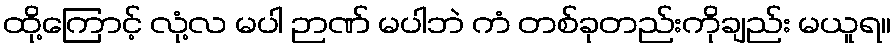
ထို့ကြောင့် လုံ့လ မပါ ဉာဏ် မပါဘဲ ကံ တစ်ခုတည်းကိုချည်း မယူရ။